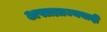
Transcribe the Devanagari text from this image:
असाम्राज्यवादी